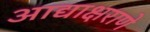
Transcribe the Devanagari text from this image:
आद्याक्षराणे